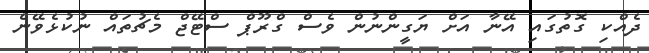
ދެއްކި ގޮތުގައި އޭނާ އަށް ޔަގީންނުން ވެސް ގްރޫޕް ސްޓޭޖް މެޗުތައް ނުކުޅެވޭނެ